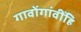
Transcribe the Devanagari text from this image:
गावोंगांवींहि